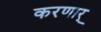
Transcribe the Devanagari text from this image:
करणार्